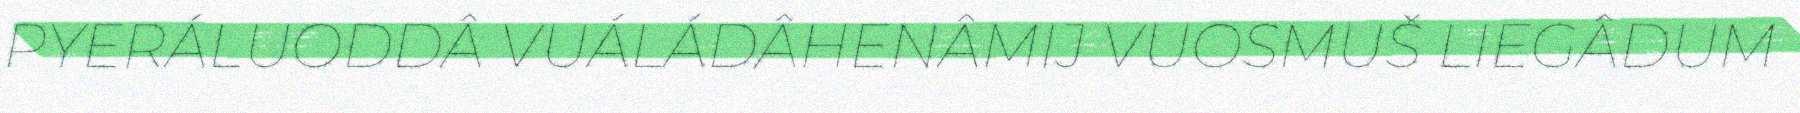
PYERÁLUODDÂ VUÁLÁDÂHENÂMIJ VUOSMUŠ LIEGÂDUM